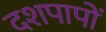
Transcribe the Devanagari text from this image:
दशपापों